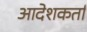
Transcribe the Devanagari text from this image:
आदेशकर्ता